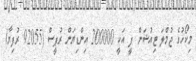
މިކޯހުގެ ޖުމްލަ ޓިއުޝަން ފީ އަކީ 200000 އިންޑިޔަން ރުޕީސް (92055 ރުފިޔާ)